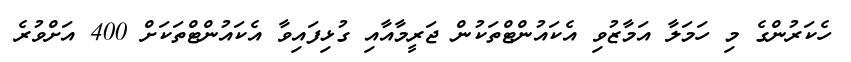
ހެކަރުންގެ މި ހަމަލާ އަމާޒުވި އެކައުންޓްތަކުން ޖަރީމާއާއި ގުޅިފައިވާ އެކައުންޓްތަކަށް 400 އަށްވުރެ